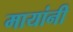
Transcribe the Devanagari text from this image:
मायांनी